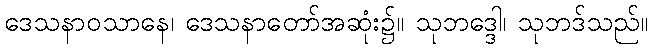
ဒေသနာဝသာနေ၊ ဒေသနာတော်အဆုံး၌။ သုဘဒ္ဒေါ၊ သုဘဒ်သည်။